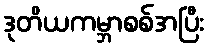
ဒုတိယကမ္ဘာစစ်အပြီး